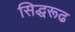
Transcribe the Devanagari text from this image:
सिद्धरूढ